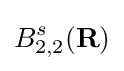
B_{2,2}^{s}(\mathbf {R} )